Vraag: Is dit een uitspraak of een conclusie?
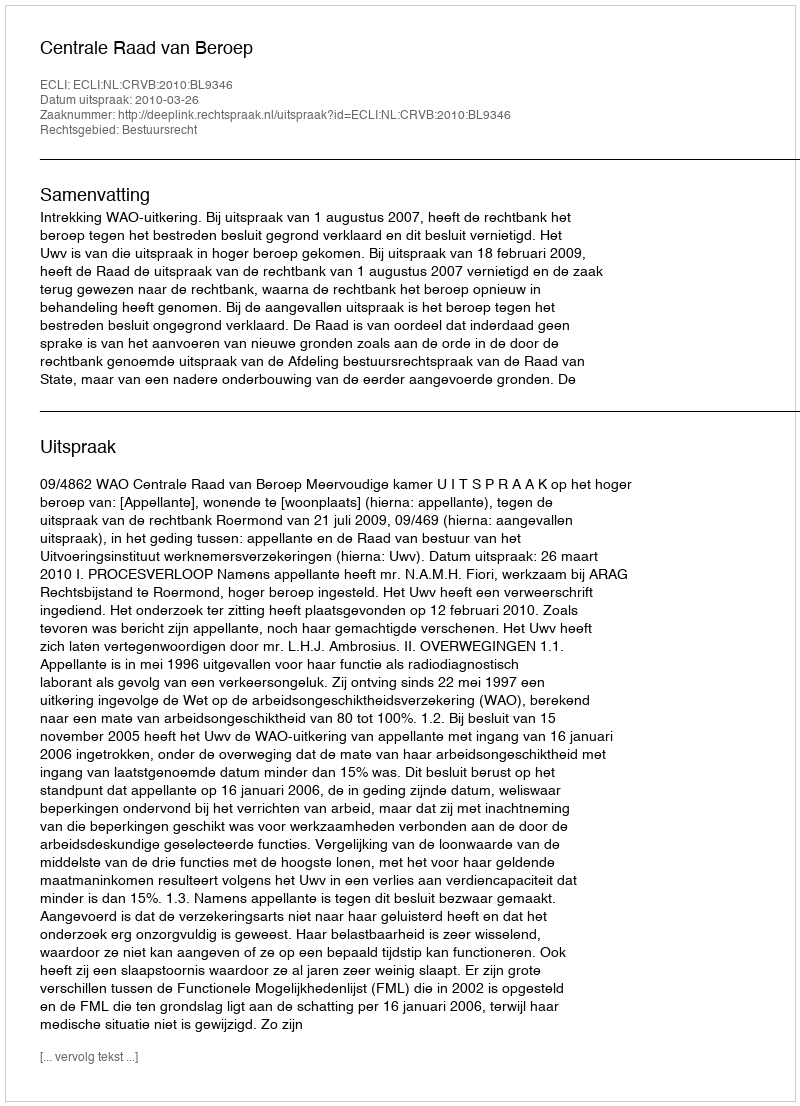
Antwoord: Uitspraak